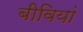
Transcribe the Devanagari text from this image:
बीवियां